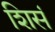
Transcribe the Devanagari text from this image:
शिसं